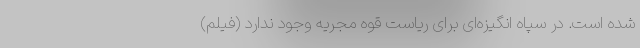
شده است. در سپاه انگیزه‌ای برای ریاست‌ قوه مجریه وجود ندارد (فیلم)